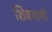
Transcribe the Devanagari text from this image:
शिवगामी